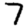
Digit: 7